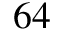
6 4